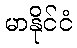
မာနိုင်ငံ